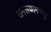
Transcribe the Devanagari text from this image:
रामलकामधेनु